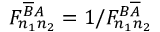
F _ { n _ { 1 } n _ { 2 } } ^ { \overline { { B } } A } = 1 / F _ { n _ { 1 } n _ { 2 } } ^ { B \overline { { A } } }